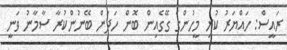
ރައީސް: ހައްޔަރު ކުރި މީހުންގެ ގޭގެއިން ބޮން ހަދަން ބޭނުންކުރާ ސާމާނު ވަނީ